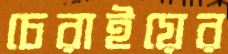
চেরাইয়ের